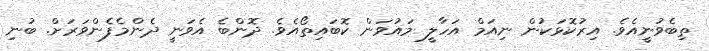
ތިބެވުނީއެވެ. އިރުކޮޅަކުން ނިއަމް އަހާލީ މައުވަން ކޮބައިތޯއެވެ. ދޮންބެ އެވަނީ ދެންމެފެންވަރަށް. ބުނި